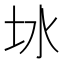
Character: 𪢿